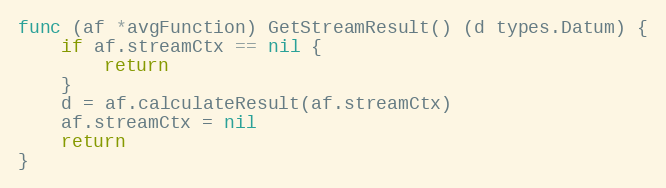
Language: Go
func (af *avgFunction) GetStreamResult() (d types.Datum) {
	if af.streamCtx == nil {
		return
	}
	d = af.calculateResult(af.streamCtx)
	af.streamCtx = nil
	return
}